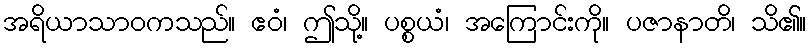
အရိယာသာဝကသည်။ ဧဝံ၊ ဤသို့။ ပစ္စယံ၊ အကြောင်းကို။ ပဇာနာတိ၊ သိ၏။